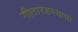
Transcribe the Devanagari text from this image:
गीतारहस्याचा